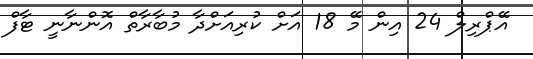
އޭޕްރިލް 24 އިން މޭ 18 އަށް ކުރިއަށްދާ މުބާރާތް އޮންނާނީ ޓާފް